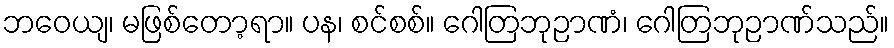
ဘဝေယျ၊ မဖြစ်တော့ရာ။ ပန၊ စင်စစ်။ ဂေါတြဘုဉာဏံ၊ ဂေါတြဘုဉာဏ်သည်။